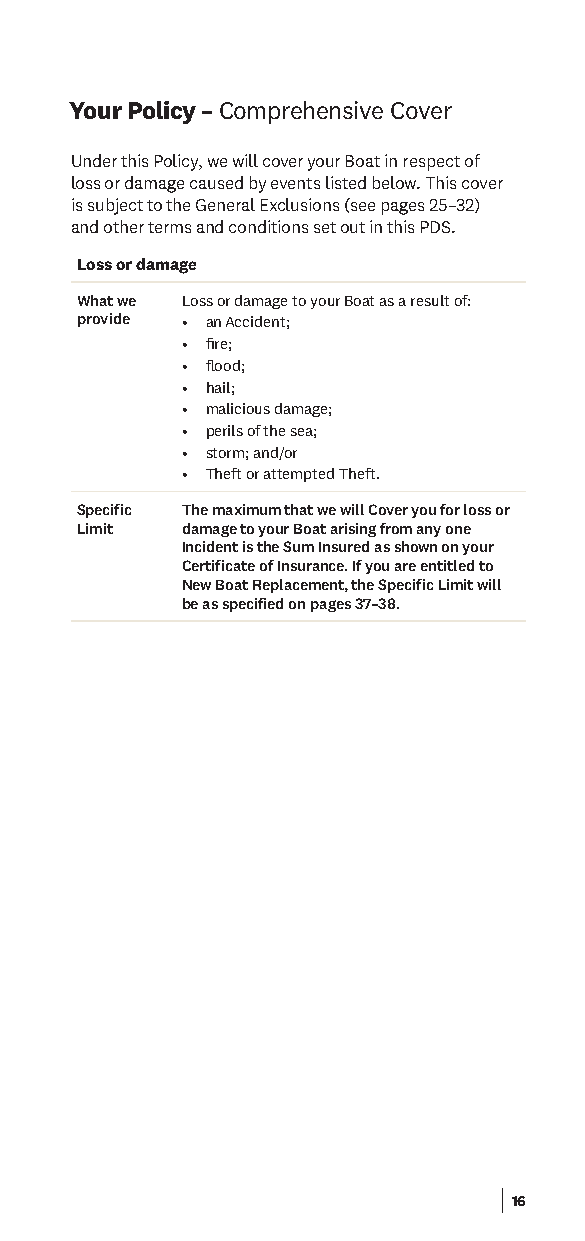
Your Policy – Comprehensive Cover
 Under this Policy, we will cover your Boat in respect of
 loss or damage caused by events listed below. This cover
 is subject to the General Exclusions (see pages 25–32)
 and other terms and conditions set out in this PDS.
 Loss or damage
 What we Loss or damage to your Boat as a result of:
 provide • an Accident;
 • fre;
 • food;
 • hail;
 • malicious damage;
 • perils of the sea;
 • storm; and/or
 • Theft or attempted Theft.
 Specific The maximum that we will Cover you for loss or
 Limit  damage to your Boat arising from any one
 Incident is the Sum Insured as shown on your
 Certificate of Insurance. If you are entitled to
 New Boat Replacement, the Specific Limit will
 be as specified on pages 37–38.
 16